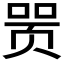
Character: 𬱞